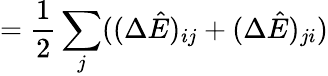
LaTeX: =\frac{1}{2}\sum_{j}((\Delta\hat{E})_{ij}+(\Delta\hat{E})_{ji})